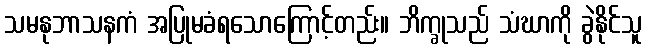
သမနုဘာသနကံ အပြုမခံရသောကြောင့်တည်း။ ဘိက္ခုသည် သံဃာကို ခွဲနိုင်သူ